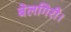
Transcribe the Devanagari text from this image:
बेलगिरी।